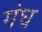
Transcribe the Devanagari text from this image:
गंघ